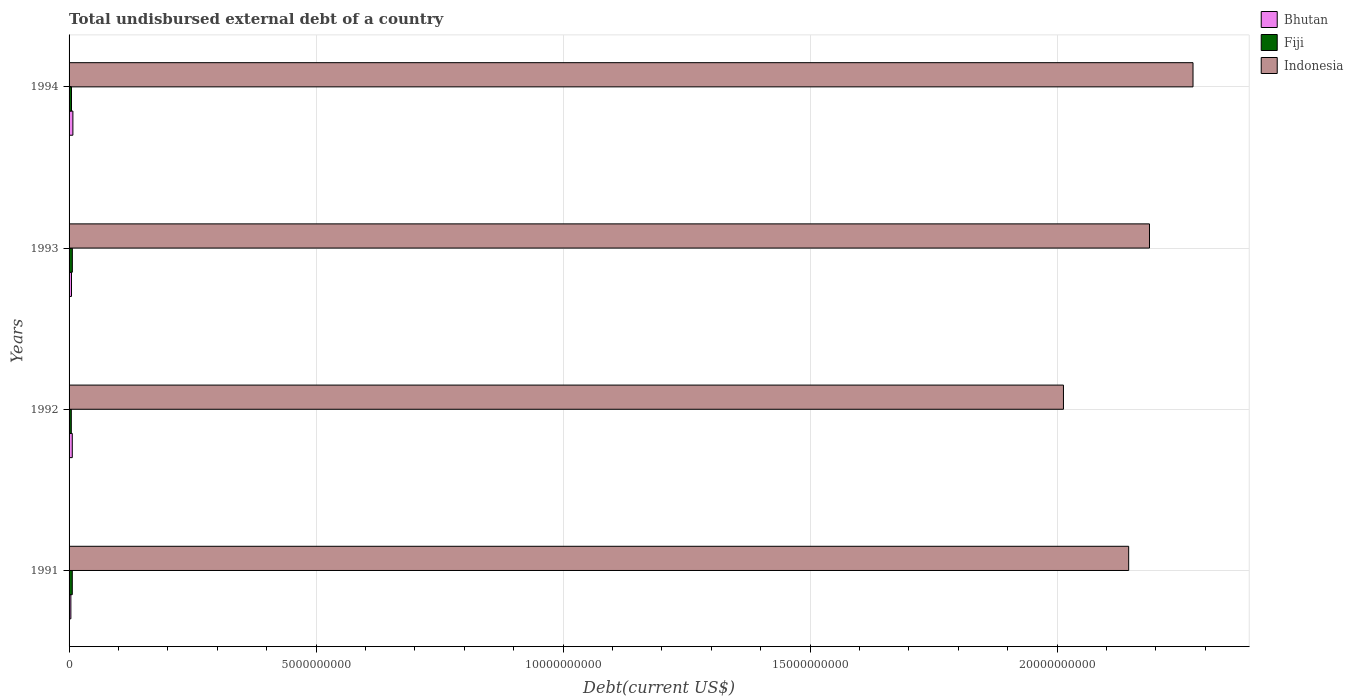
| Years | Bhutan | Fiji | Indonesia |
 | --- | --- | --- | --- |
 | 1991 | 3.65e+07 | 6.49e+07 | 2.14e+10 |
 | 1992 | 6.49e+07 | 4.52e+07 | 2.01e+10 |
 | 1993 | 4.93e+07 | 6.62e+07 | 2.19e+10 |
 | 1994 | 7.74e+07 | 4.88e+07 | 2.28e+10 |